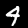
Digit: 4